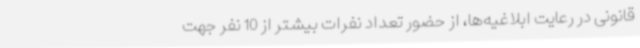
قانونی در رعایت ابلاغیه‌ها، از حضور تعداد نفرات بیشتر از 10 نفر جهت